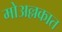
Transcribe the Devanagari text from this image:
मोअल्लकात